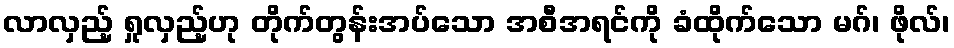
လာလှည့် ရှုလှည့်ဟု တိုက်တွန်းအပ်သော အစီအရင်ကို ခံထိုက်သော မဂ်၊ ဖိုလ်၊